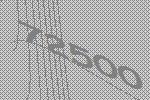
72500